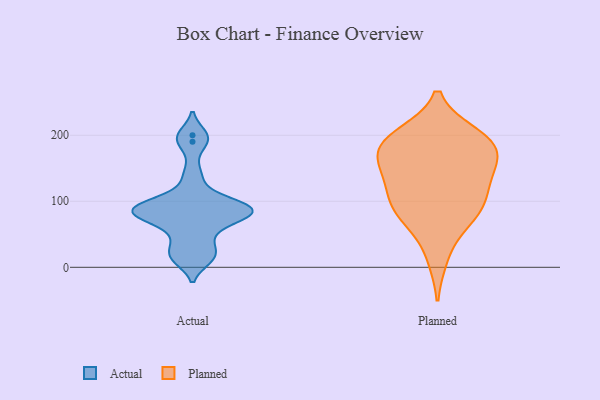
{"axis": {"x": "Population (Million)", "y": "Value"}, "legend": ["Actual", "Planned"], "data": [{"x": "", "y": 81, "type": "Actual"}, {"x": "", "y": 190, "type": "Actual"}, {"x": "", "y": 54, "type": "Actual"}, {"x": "", "y": 99, "type": "Actual"}, {"x": "", "y": 94, "type": "Actual"}, {"x": "", "y": 16, "type": "Actual"}, {"x": "", "y": 139, "type": "Actual"}, {"x": "", "y": 87, "type": "Actual"}, {"x": "", "y": 13, "type": "Actual"}, {"x": "", "y": 96, "type": "Actual"}, {"x": "", "y": 81, "type": "Actual"}, {"x": "", "y": 77, "type": "Actual"}, {"x": "", "y": 78, "type": "Actual"}, {"x": "", "y": 32, "type": "Actual"}, {"x": "", "y": 200, "type": "Actual"}, {"x": "", "y": 121, "type": "Planned"}, {"x": "", "y": 101, "type": "Planned"}, {"x": "", "y": 200, "type": "Planned"}, {"x": "", "y": 79, "type": "Planned"}, {"x": "", "y": 147, "type": "Planned"}, {"x": "", "y": 195, "type": "Planned"}, {"x": "", "y": 183, "type": "Planned"}, {"x": "", "y": 72, "type": "Planned"}, {"x": "", "y": 107, "type": "Planned"}, {"x": "", "y": 16, "type": "Planned"}, {"x": "", "y": 144, "type": "Planned"}, {"x": "", "y": 193, "type": "Planned"}, {"x": "", "y": 82, "type": "Planned"}, {"x": "", "y": 170, "type": "Planned"}, {"x": "", "y": 156, "type": "Planned"}, {"x": "", "y": 187, "type": "Planned"}]}